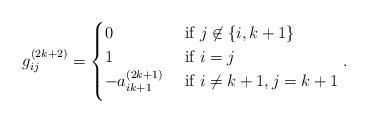
LaTeX: \begin{align*} g_{ij}^{(2k+2)}=\begin{cases}0 & \mbox{ if }j\not \in \{i,k+1\} \\ 1 & \mbox{ if }i=j \\ -a^{(2k+1)}_{ik+1}\medskip & \mbox{ if }i\neq k+1,j=k+1\end{cases}.\end{align*}